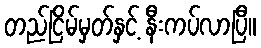
တည်ငြိမ်မှတ်နှင့် နီးကပ်လာပြီ။